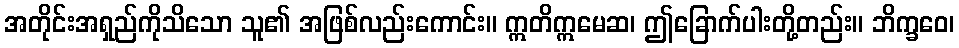
အတိုင်းအရှည်ကိုသိသော သူ၏ အဖြစ်လည်းကောင်း။ ဣတိဣမေဆ၊ ဤခြောက်ပါးတို့တည်း။ ဘိက္ခဝေ၊